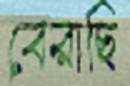
বেরাছি